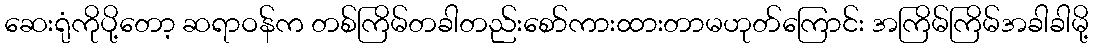
ဆေးရုံကိုပို့တော့ ဆရာဝန်က တစ်ကြိမ်တခါတည်းစော်ကားထားတာမဟုတ်ကြောင်း အကြိမ်ကြိမ်အခါခါမို့